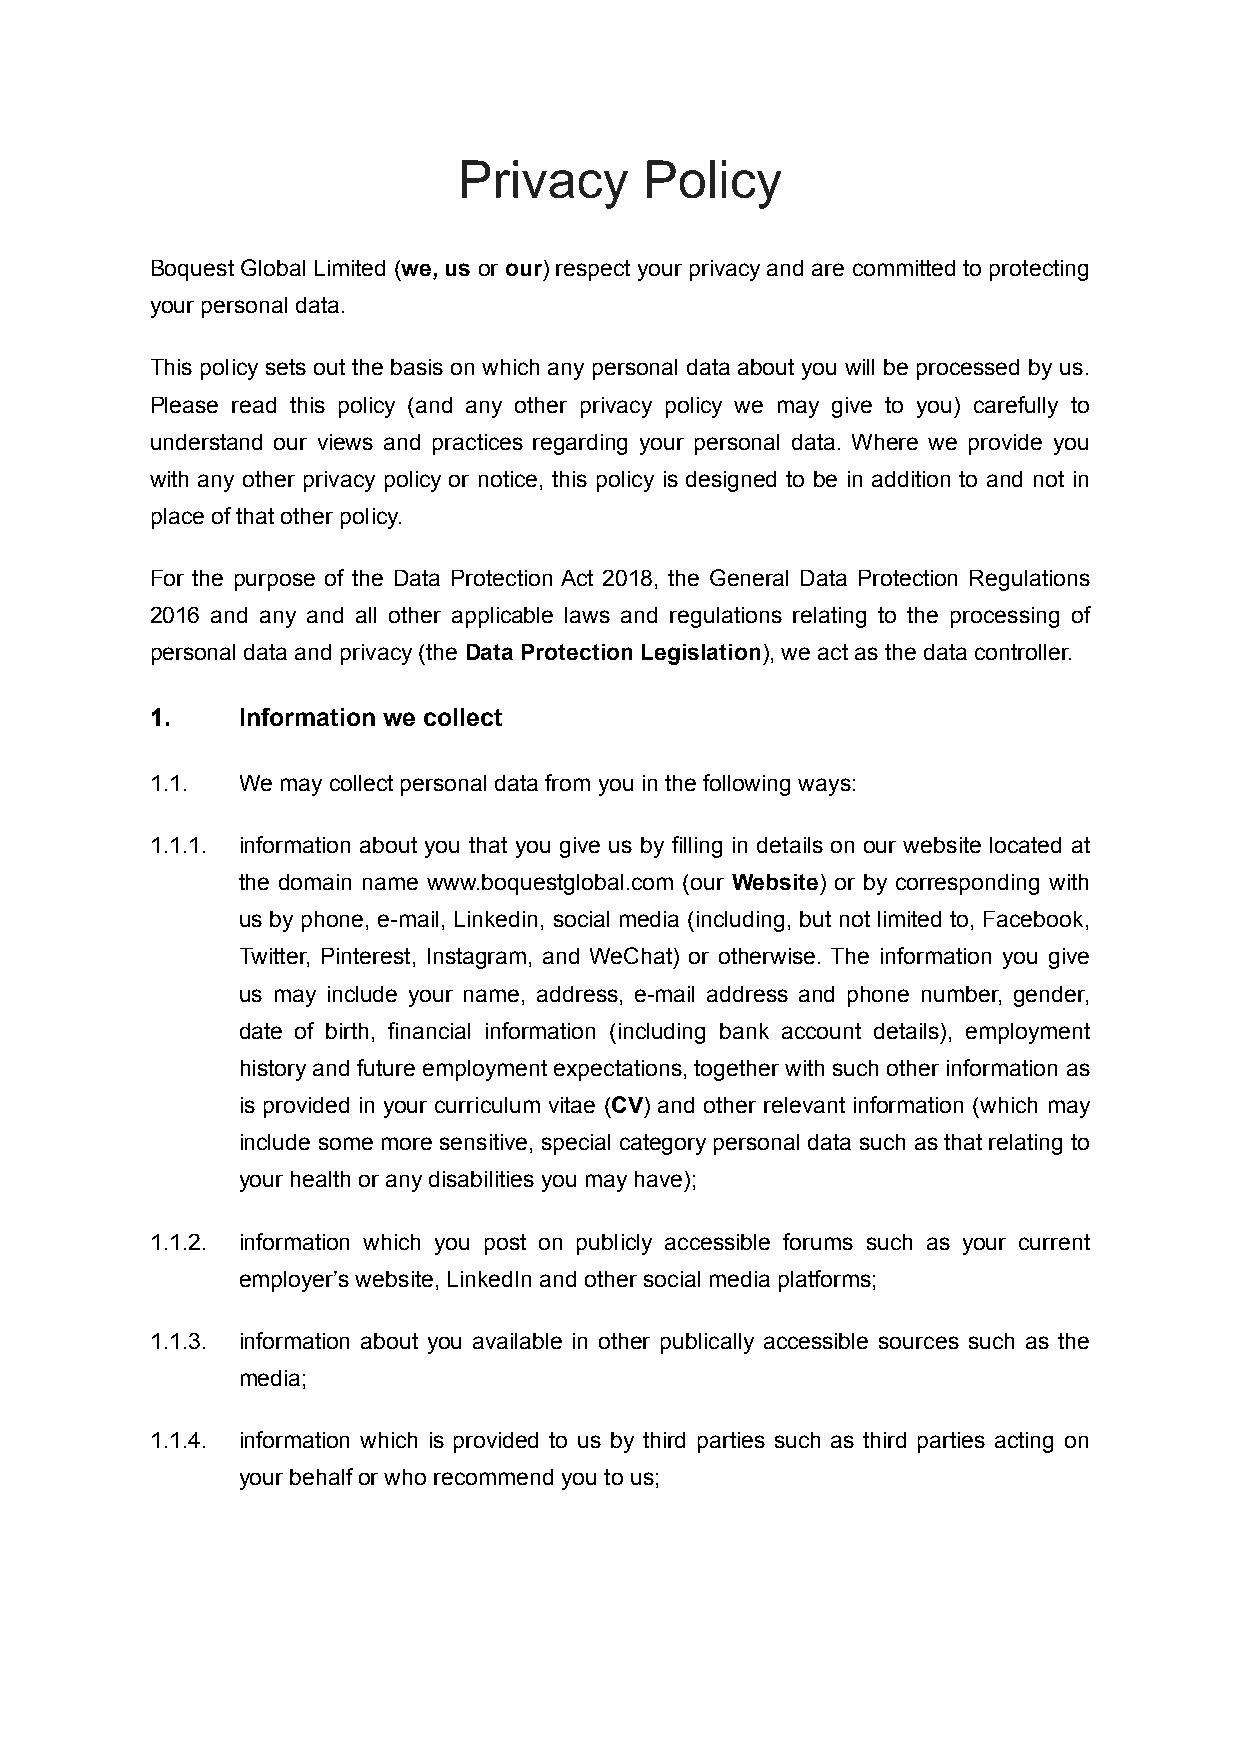
Privacy      Policy
 Boquest Global Limited (we, us or our) respect your privacy and are committed to protecting
 your personal data.
 This policy sets out the basis on which any personal data about you will be processed by us.
 Please read this policy (and any other privacy policy we may give to you) carefully to
 understand our views and practices regarding your personal data. Where we provide you
 with any other privacy policy or notice, this policy is designed to be in addition to and not in
 place of that other policy.
 For the purpose of the Data Protection Act 2018, the General Data Protection Regulations
 2016 and any and all other applicable laws and regulations relating to the processing of
 personal data and privacy (the Data Protection Legislation), we act as the data controller.
 1.    Information we collect
 1.1.  We may collect personal data from you in the following ways:
 1.1.1. information about you that you give us by filling in details on our website located at
 the domain name www.boquestglobal.com (our Website) or by corresponding with
 us by phone, e-mail, Linkedin, social media (including, but not limited to, Facebook,
 Twitter, Pinterest, Instagram, and WeChat) or otherwise. The information you give
 us may include your name, address, e-mail address and phone number, gender,
 date of birth, financial information (including bank account details), employment
 history and future employment expectations, together with such other information as
 is provided in your curriculum vitae (CV) and other relevant information (which may
 include some more sensitive, special category personal data such as that relating to
 your health or any disabilities you may have);
 1.1.2. information which you post on publicly accessible forums such as your current
 employer’s website, LinkedIn and other social media platforms;
 1.1.3. information about you available in other publically accessible sources such as the
 media;
 1.1.4. information which is provided to us by third parties such as third parties acting on
 your behalf or who recommend you to us;